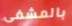
بالمشفى